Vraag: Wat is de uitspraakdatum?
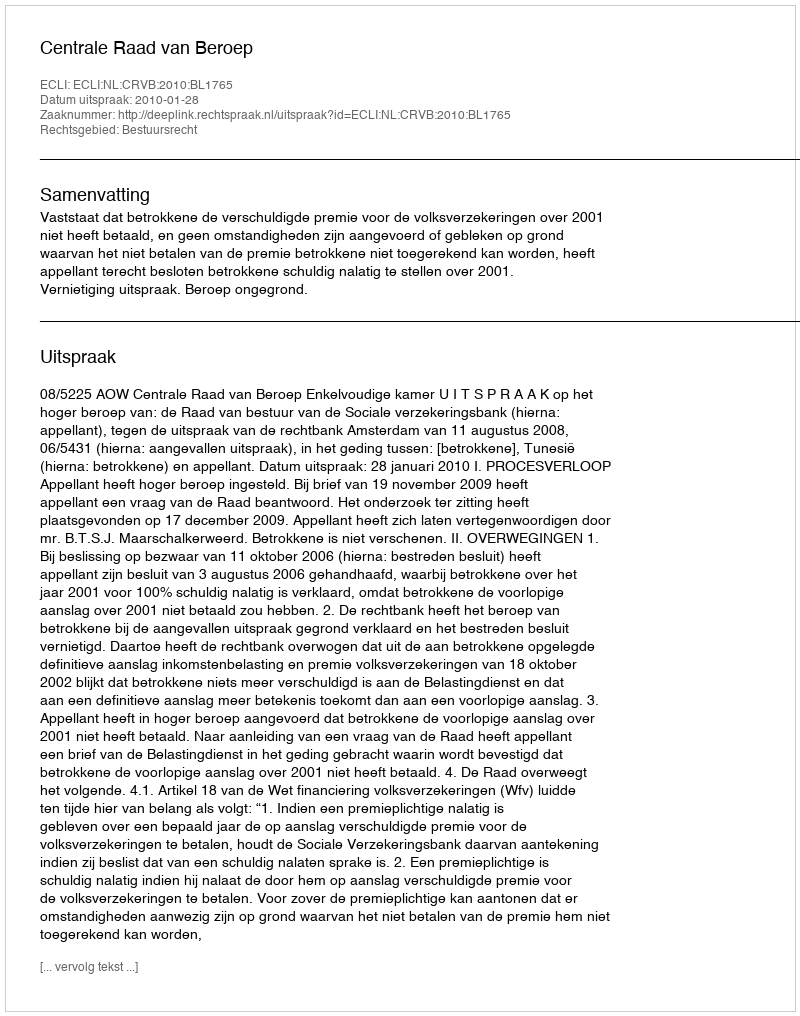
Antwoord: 2010-01-28